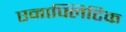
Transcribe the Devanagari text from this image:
एनाफ्लिटिक